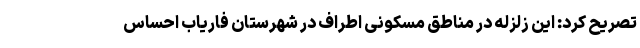
تصریح کرد: این زلزله در مناطق مسکونی اطراف در شهرستان فاریاب احساس